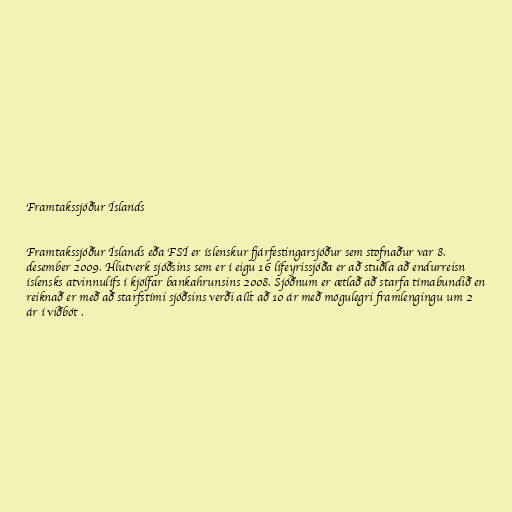
Framtakssjóður Íslands

Framtakssjóður Íslands eða FSÍ er íslenskur fjárfestingarsjóður sem stofnaður var 8.
desember 2009. Hlutverk sjóðsins sem er í eigu 16 lífeyrissjóða er að stuðla að endurreisn
íslensks atvinnulífs í kjölfar bankahrunsins 2008. Sjóðnum er ætlað að starfa tímabundið en
reiknað er með að starfstími sjóðsins verði allt að 10 ár með mögulegri framlengingu um 2
ár í viðbót .